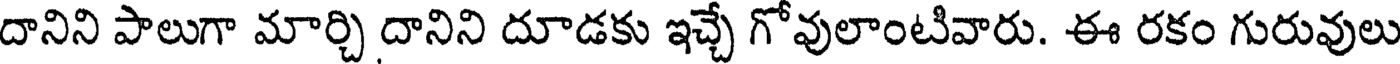
దానిని పాలుగా మార్చి దానిని దూడకు ఇచ్చే గోవులాంటివారు. ఈ రకం గురువులు